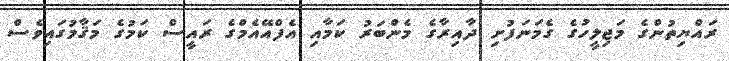
ރައްޔިތުންގެ މަޖިލީހުގެ ގެމަނަފުށި ދާއިރާގެ މެންބަރު ކަމާއި އެފްއޭއެމްގެ ރައީސް ކަމުގެ މަޤާމުގައިވެސް